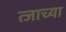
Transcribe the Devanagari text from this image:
त्जाच्या